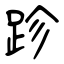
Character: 跈